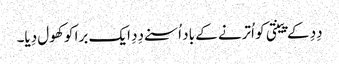
دِدِ کے پینتی کو اُترنے کے باد اُسنے دِدِ ایک برا کو کھول دِیا۔